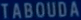
TABOUDA